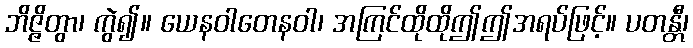
ဘိဇ္ဇိတွာ၊ ကွဲ၍။ ယေနဝါတေနဝါ၊ အကြင်ထိုထိုဤဤအရပ်ဖြင့်။ ပတန္တီ၊